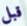
قبل